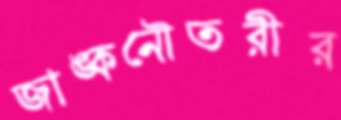
জাঙ্কনৌতরীর